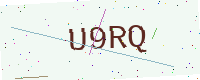
Text: U9RQ